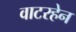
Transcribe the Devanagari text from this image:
वाटरहेन